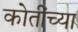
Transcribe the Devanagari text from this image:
कोतींच्या